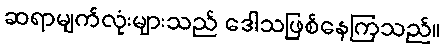
ဆရာမျက်လုံးများသည် ဒေါသဖြစ်နေကြသည်။